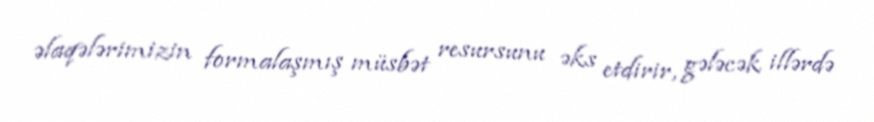
əlaqələrimizin formalaşmış müsbət resursunu əks etdirir, gələcək illərdə